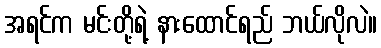
အရင်က မင်းတို့ရဲ့ နားထောင်ရည် ဘယ်လိုလဲ။